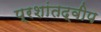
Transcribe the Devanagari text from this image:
प्रशांतद्वीप